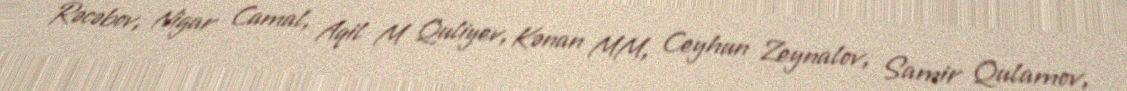
Rəcəbov, Nigar Camal, Aqil M Quliyev, Kənan MM, Ceyhun Zeynalov, Samir Qulamov,